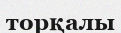
торқалы